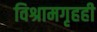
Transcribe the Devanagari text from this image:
विश्रामगृहही